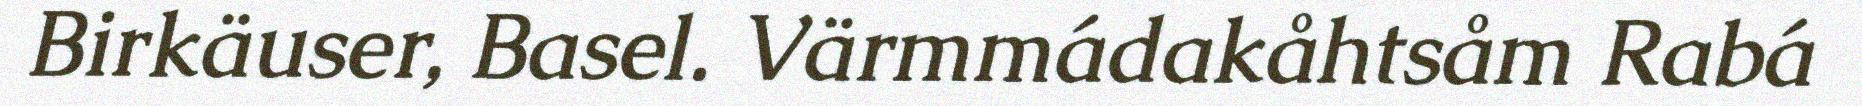
Birkäuser, Basel. Värmmádakåhtsåm Rabá